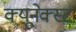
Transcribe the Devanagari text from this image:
क्यूनेक्स्ट